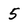
Character: 5